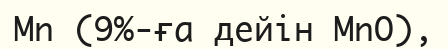
Mn (9%-ға дейін MnO),